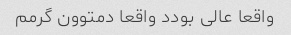
واقعا عالی بودد واقعا دمتوون گرمم